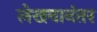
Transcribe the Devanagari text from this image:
लेखनानंतर